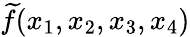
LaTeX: {\widetilde f}(x_{1},x_{2},x_{3},x_{4})